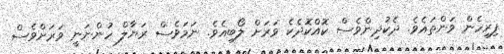
ފިރިހެން ވަންތައެވެ. ދެކުދިންވެސް ކޮއްކޮދެކެ ވަރަށް ލޯބިއެވެ. ނަމަވެސް ރަޔާލް ހުންނަނީ ވަރަށްވެސް